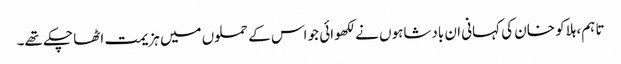
تا ہم، ہلاکو خان کی کہانی ان بادشاہوں نے لکھوائی جو اس کے حملوں میں ہزیمت اٹھا چکے تھے۔